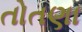
તોતણા